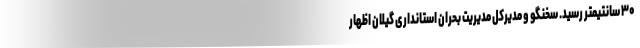
۳۰ سانتیمتر رسید. سخنگو و مدیرکل مدیریت بحران استانداری گیلان اظهار